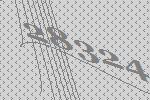
28324